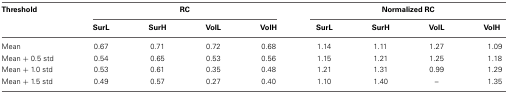
<table><thead><tr><td><b>Threshold</b></td><td colspan="4"><b>RC</b></td><td colspan="4"><b>Normalized RC</b></td></tr><tr><td></td><td><b>SurL</b></td><td><b>SurH</b></td><td><b>VolL</b></td><td><b>VolH</b></td><td><b>SurL</b></td><td><b>SurH</b></td><td><b>VolL</b></td><td><b>VolH</b></td></tr></thead><tbody><tr><td>Mean</td><td>0.67</td><td>0.71</td><td>0.72</td><td>0.68</td><td>1.14</td><td>1.11</td><td>1.27</td><td>1.09</td></tr><tr><td>Mean + 0.5 std</td><td>0.54</td><td>0.65</td><td>0.53</td><td>0.56</td><td>1.15</td><td>1.21</td><td>1.25</td><td>1.18</td></tr><tr><td>Mean + 1.0 std</td><td>0.53</td><td>0.61</td><td>0.35</td><td>0.48</td><td>1.21</td><td>1.31</td><td>0.99</td><td>1.29</td></tr><tr><td>Mean + 1.5 std</td><td>0.49</td><td>0.57</td><td>0.27</td><td>0.40</td><td>1.10</td><td>1.40</td><td>–</td><td>1.35</td></tr></tbody></table>